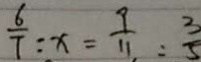
\frac { 6 } { 7 } : x = \frac { 9 } { 1 1 } : \frac { 3 } { 5 }